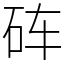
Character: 砗